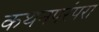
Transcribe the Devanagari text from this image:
कथनपरंपरा